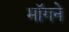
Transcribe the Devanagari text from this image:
माॅगने